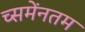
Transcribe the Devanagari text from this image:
च्समेंनतम